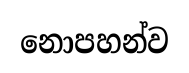
නොපහන්ව